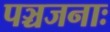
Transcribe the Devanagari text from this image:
पञ्चजनाः